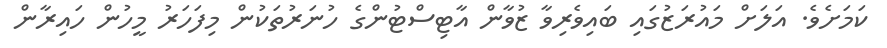
ކަމަށެވެ. އަލަށް މައުރަޒުގައި ބައިވެރިވާ ޒުވާން އާޓިސްޓުންގެ ހުނަރުތަކުން މިފަހަރު މީހުން ހައިރާން